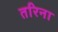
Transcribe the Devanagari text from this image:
तरिना